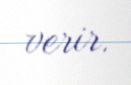
verir.